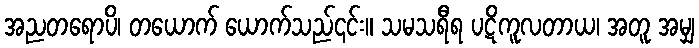
အညတရောပိ၊ တယောက် ယောက်သည်၎င်း။ သမသရီရ ပဋိကူလတာယ၊ အတူ အမျှ